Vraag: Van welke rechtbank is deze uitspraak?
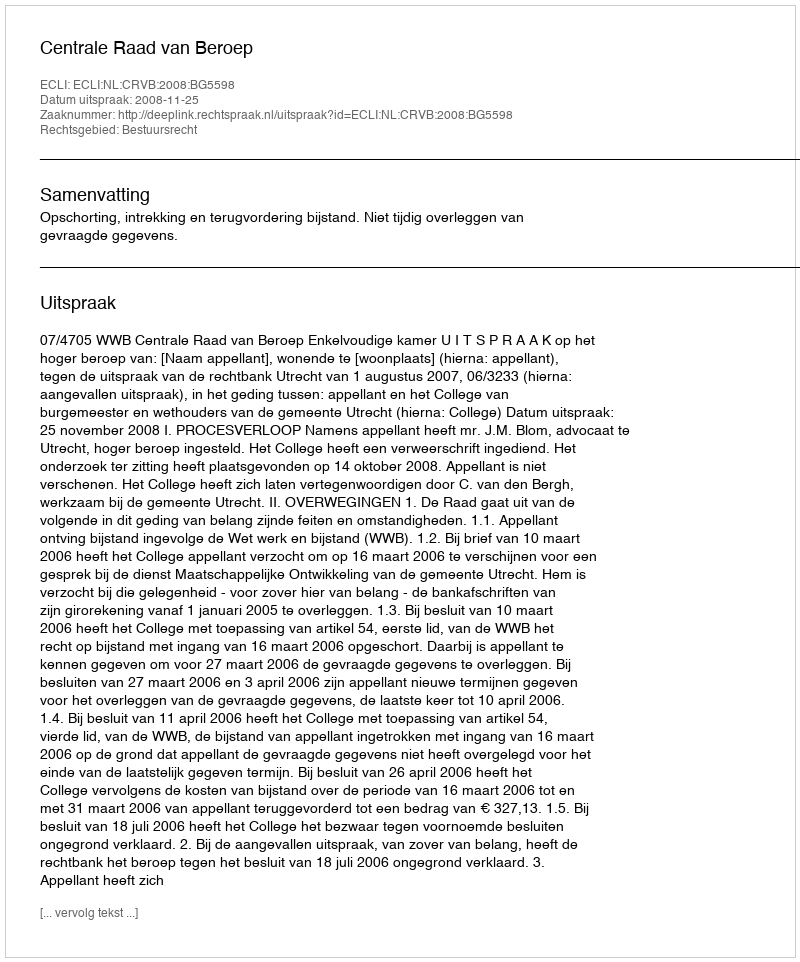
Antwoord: Centrale Raad van Beroep